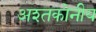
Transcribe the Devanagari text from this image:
अश्तकोनीय